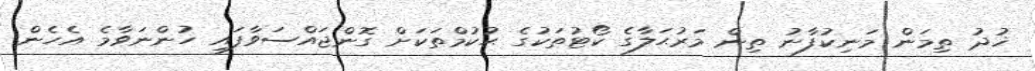
ޚުދު ތިމަން މަނިކުފާނު ތިން މަރުޙަލާގެ ކޯޓުތަކުގެ ޙުކުމްތަކަށް ގޮންޖައްސަވާފައި ހުންނަވާމެ އެހެން